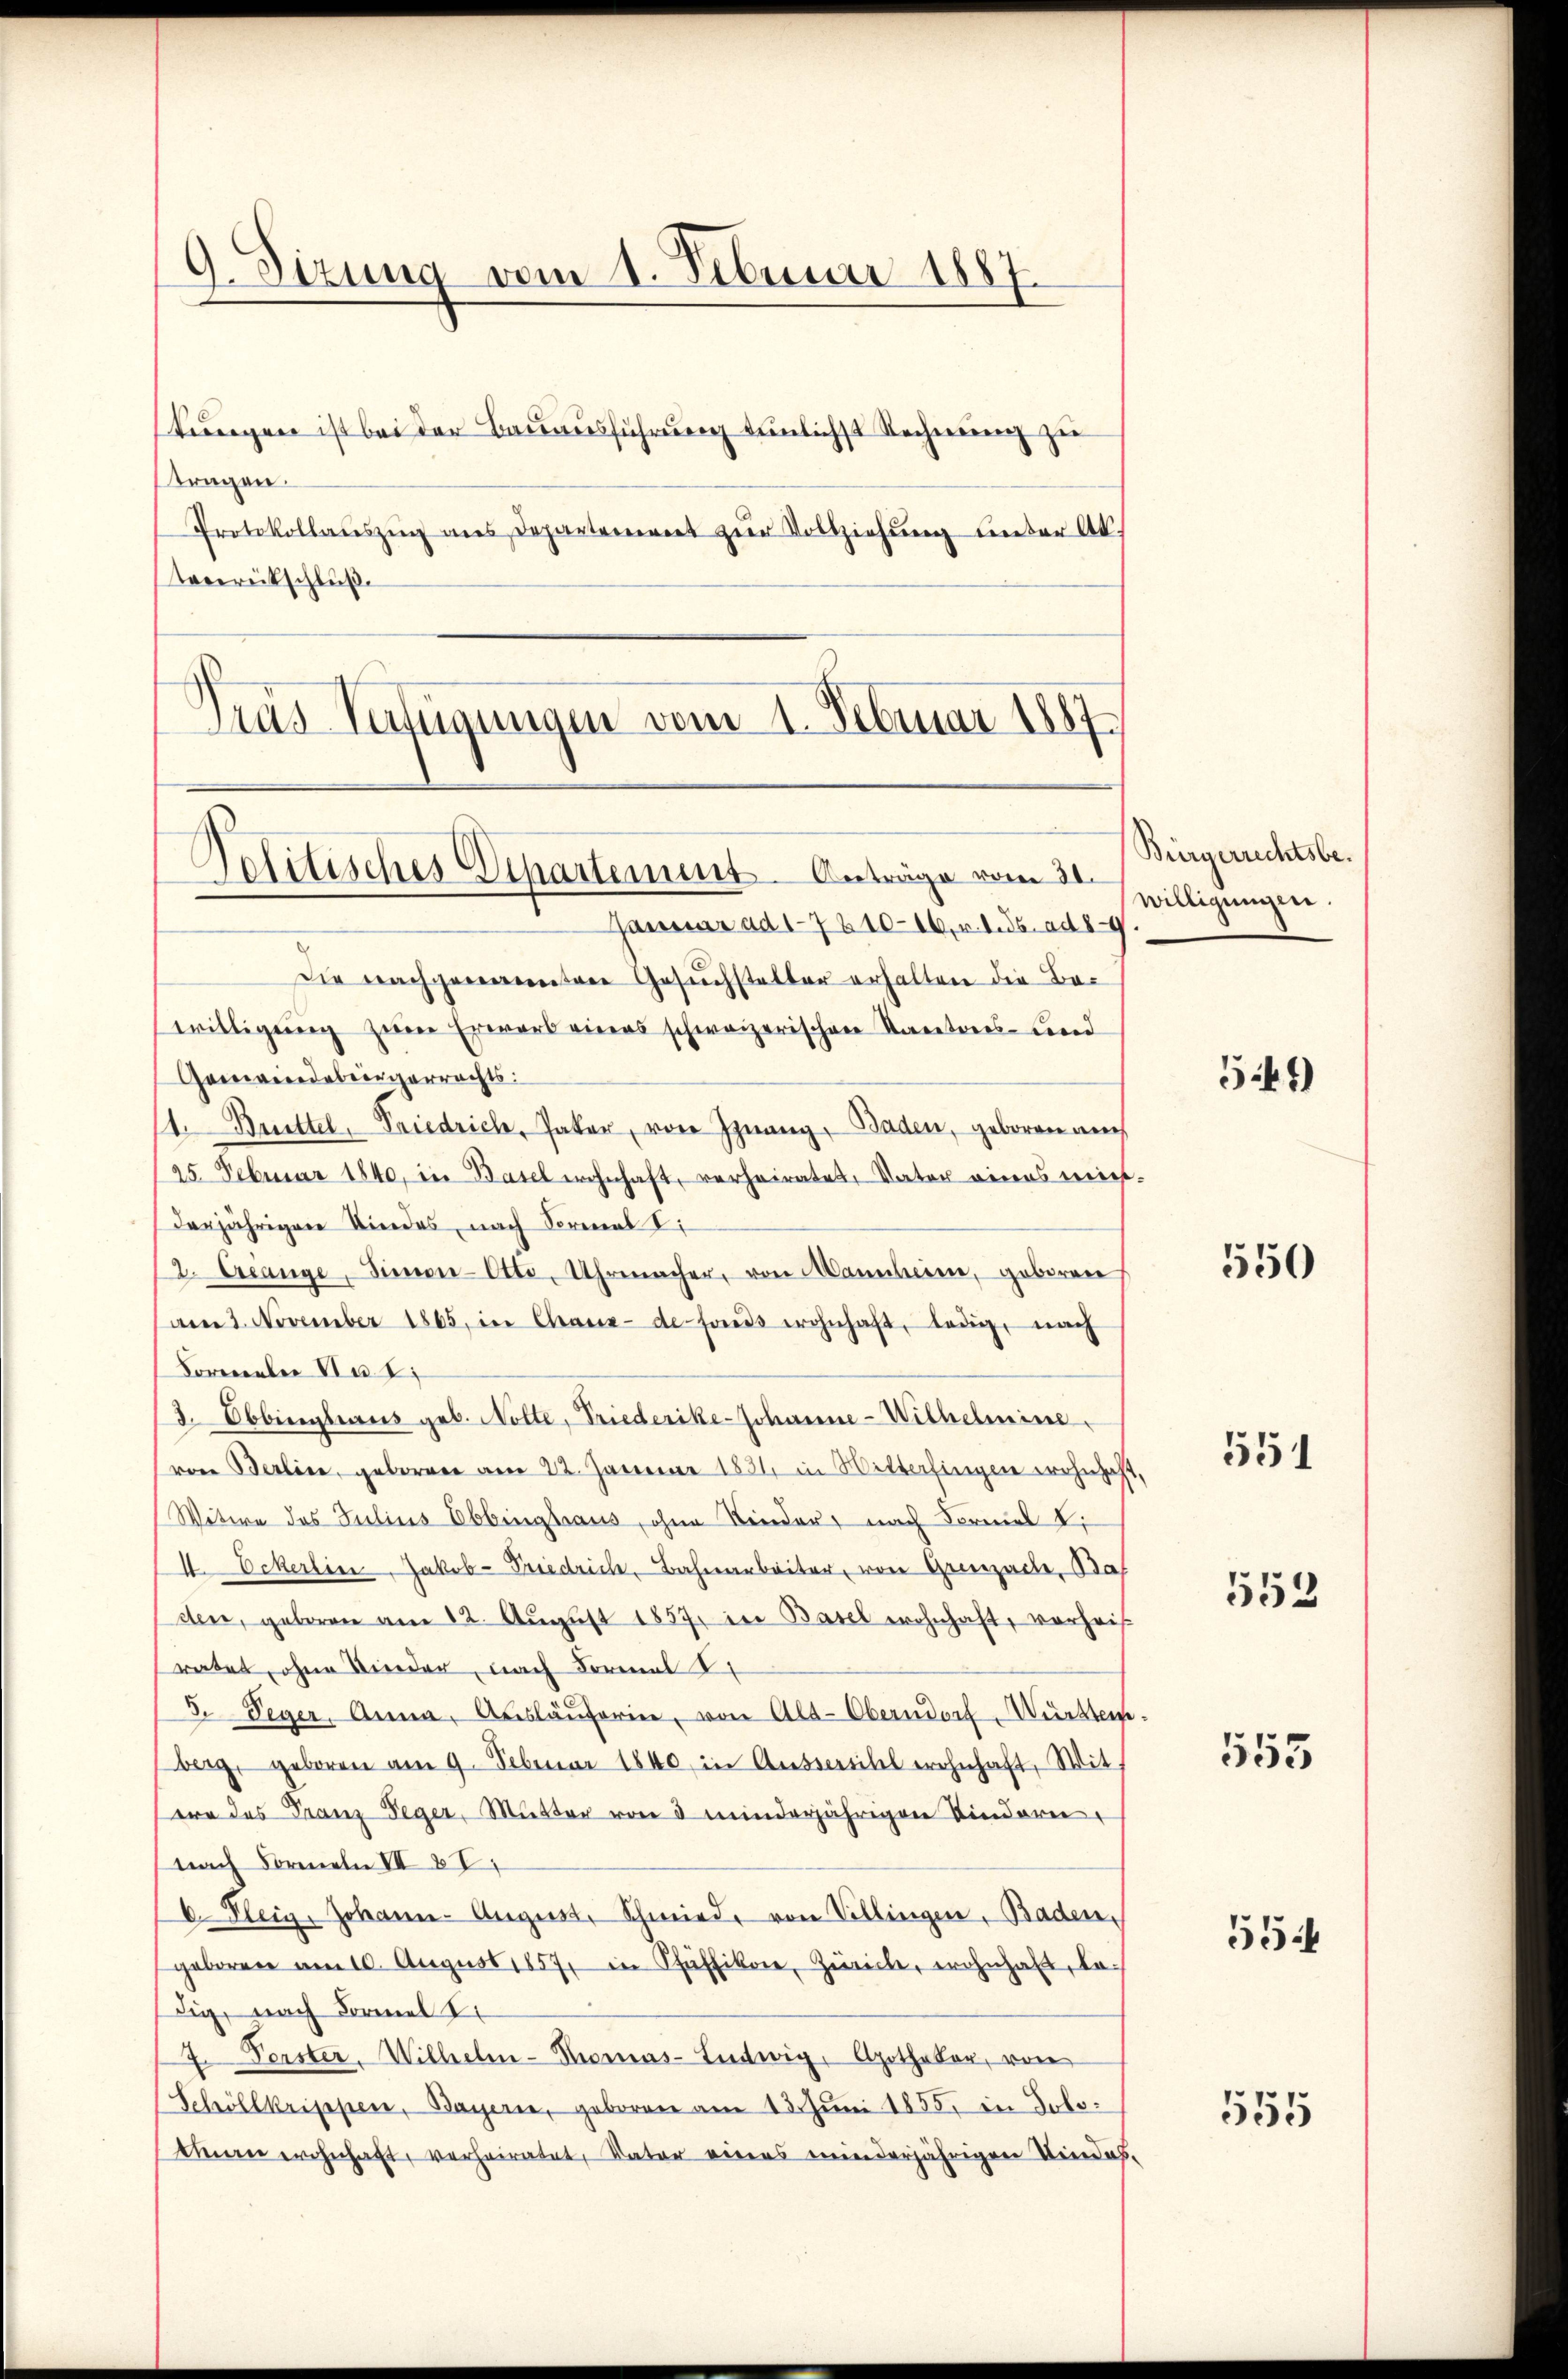
9. Sizung vom 1. Februar 1887.

stungen ist bei der Bauausführung tunlichst Rechnung zu
tragen.
Protokollaŭszŭg ans Departement zŭr Vollziehŭng unter Ak
tevereitschluß
Tras Verfügungen vom 1. Februar 1887

Politisches Departement. Anträge vom 30.
Januar ad 17210-16, v. 1. ds. ad 89

Die nachgenannten Gesuchstetter erhalten die Bewilligung zum Erwarb eines schweizerischen Kantons- und
Gemeindebürgerrechts:
1. Brittel, Friedrich, Paker, von Inang, Baden, geboren auch
25. Februar 1840, in Basel wohnhaft, verheiratet, Vater eines nicht-
derjährigen Kindes, nach Formal
2. Erlange, Simon Otto, Uhrmacher, von Mancheren, geborene
am 2. November 1865, in Chaux-de fonds wohnhaft, ledig, nach
Formelei No 7
3. Obbinghaus geb. Nolte, Friederike-Johanne-Wilhelmine
von Berline, geborene am 22. Januar 1831 in Mitterfingen wohnhaft
Witwe des Julius Ebbinghaus, ohne Kinder nach Formel u.
I Eckerlin Jakob-Friedrich, Bahnarbeiter, von Grenzache, Bas
den, geboren am 12. August 1857, in Basel wohnhaft, vorheis
ratet, ohne Nieder, nach Formal 2
5. Peger, Anna, Aŭsläŭferin, von Alt-Oberndorf Württem
berg, geboren am 9. Februar 1840 in Aussersihl wohnhaft, Wit
era des Franz Seger, Mutter von 3 minderjährigen Kinderen
nach Formeln VII 27
6. Klein, Johann-August. Schmied, von Villingen, Baden,
geborene am 10. August 1857, in Pfäffikon, Zürich, wohnhaft, Lodig, nach Formel I
7. Verster. Wilhelm-Thomas-Lentwig, Apotheker, von
Schöllkrippen, Bayerne, geboren am 13. Juni 1855, in Solothen wohnhaft, verheiratet, Vater eines minderjährigen Kindes-

Bürgerrechtsbewilligungen.

5:41)

550

551

552

555

554

555